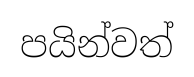
පයින්වත්